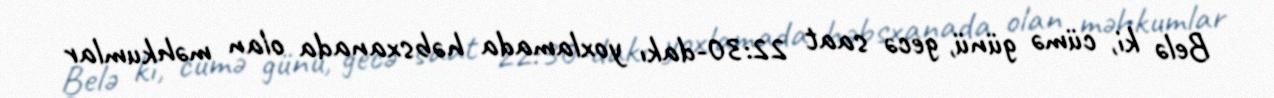
Belə ki, cümə günü, gecə saat 22:30-dakı yoxlamada həbsxanada olan məhkumlar